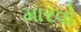
મારવો